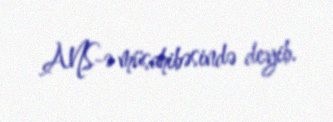
ANS-ə müsahibəsində deyib.